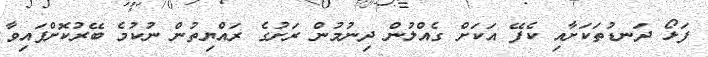
ފަޅޯ ދަނޑުތަކަށާއި ކެފޭ އަކަށް ގެއްލުން ދިނުމުން ރަށުގެ ރައްޔިތުން ނުކުމެ ބޭރުކޮށްފައިވާ